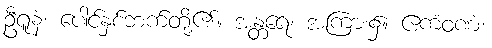
ဦရူနံ၊ ပေါင်နှစ်ဘက်တို့၏။ အန္တရေ၊ အကြား၌။ ဧကံဝဏံ၊